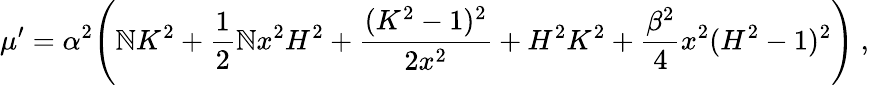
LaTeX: \mu^{\prime}=\alpha^{2}\Biggl(\mathbb{N}K^{2}+\frac{{1}}{{2}}\mathbb{N}x^{2}H^{2}+\frac{{(K^{2}-1)^{2}}}{{2x^{2}}}+H^{2}K^{2}+\frac{{\beta^{2}}}{{4}}x^{2}(H^{2}-1)^{2}\Biggr)\ ,